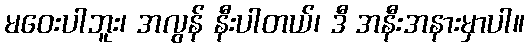
မဝေးပါဘူး၊ အလွန် နီးပါတယ်၊ ဒီ အနီးအနားမှာပါ။